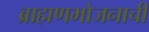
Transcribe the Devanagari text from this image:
ब्राह्मणभोजनाची